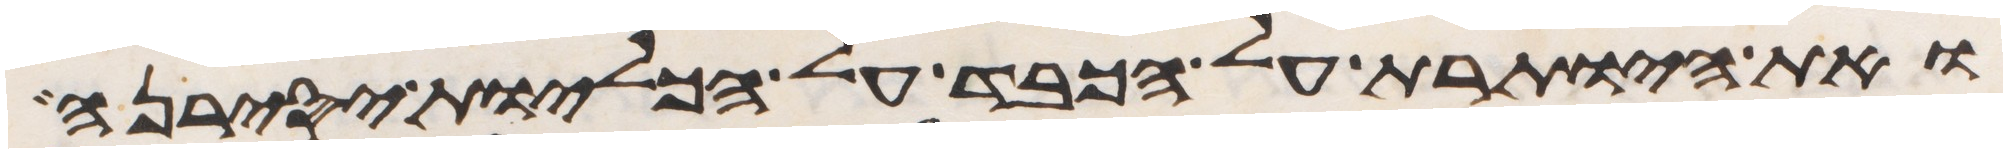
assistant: ואת היותרת על הכבד על הכליות יסירנה